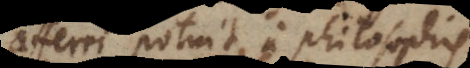
afferri potuit a philosophis